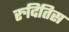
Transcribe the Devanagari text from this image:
रुदितिस